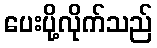
ပေးပို့လိုက်သည်